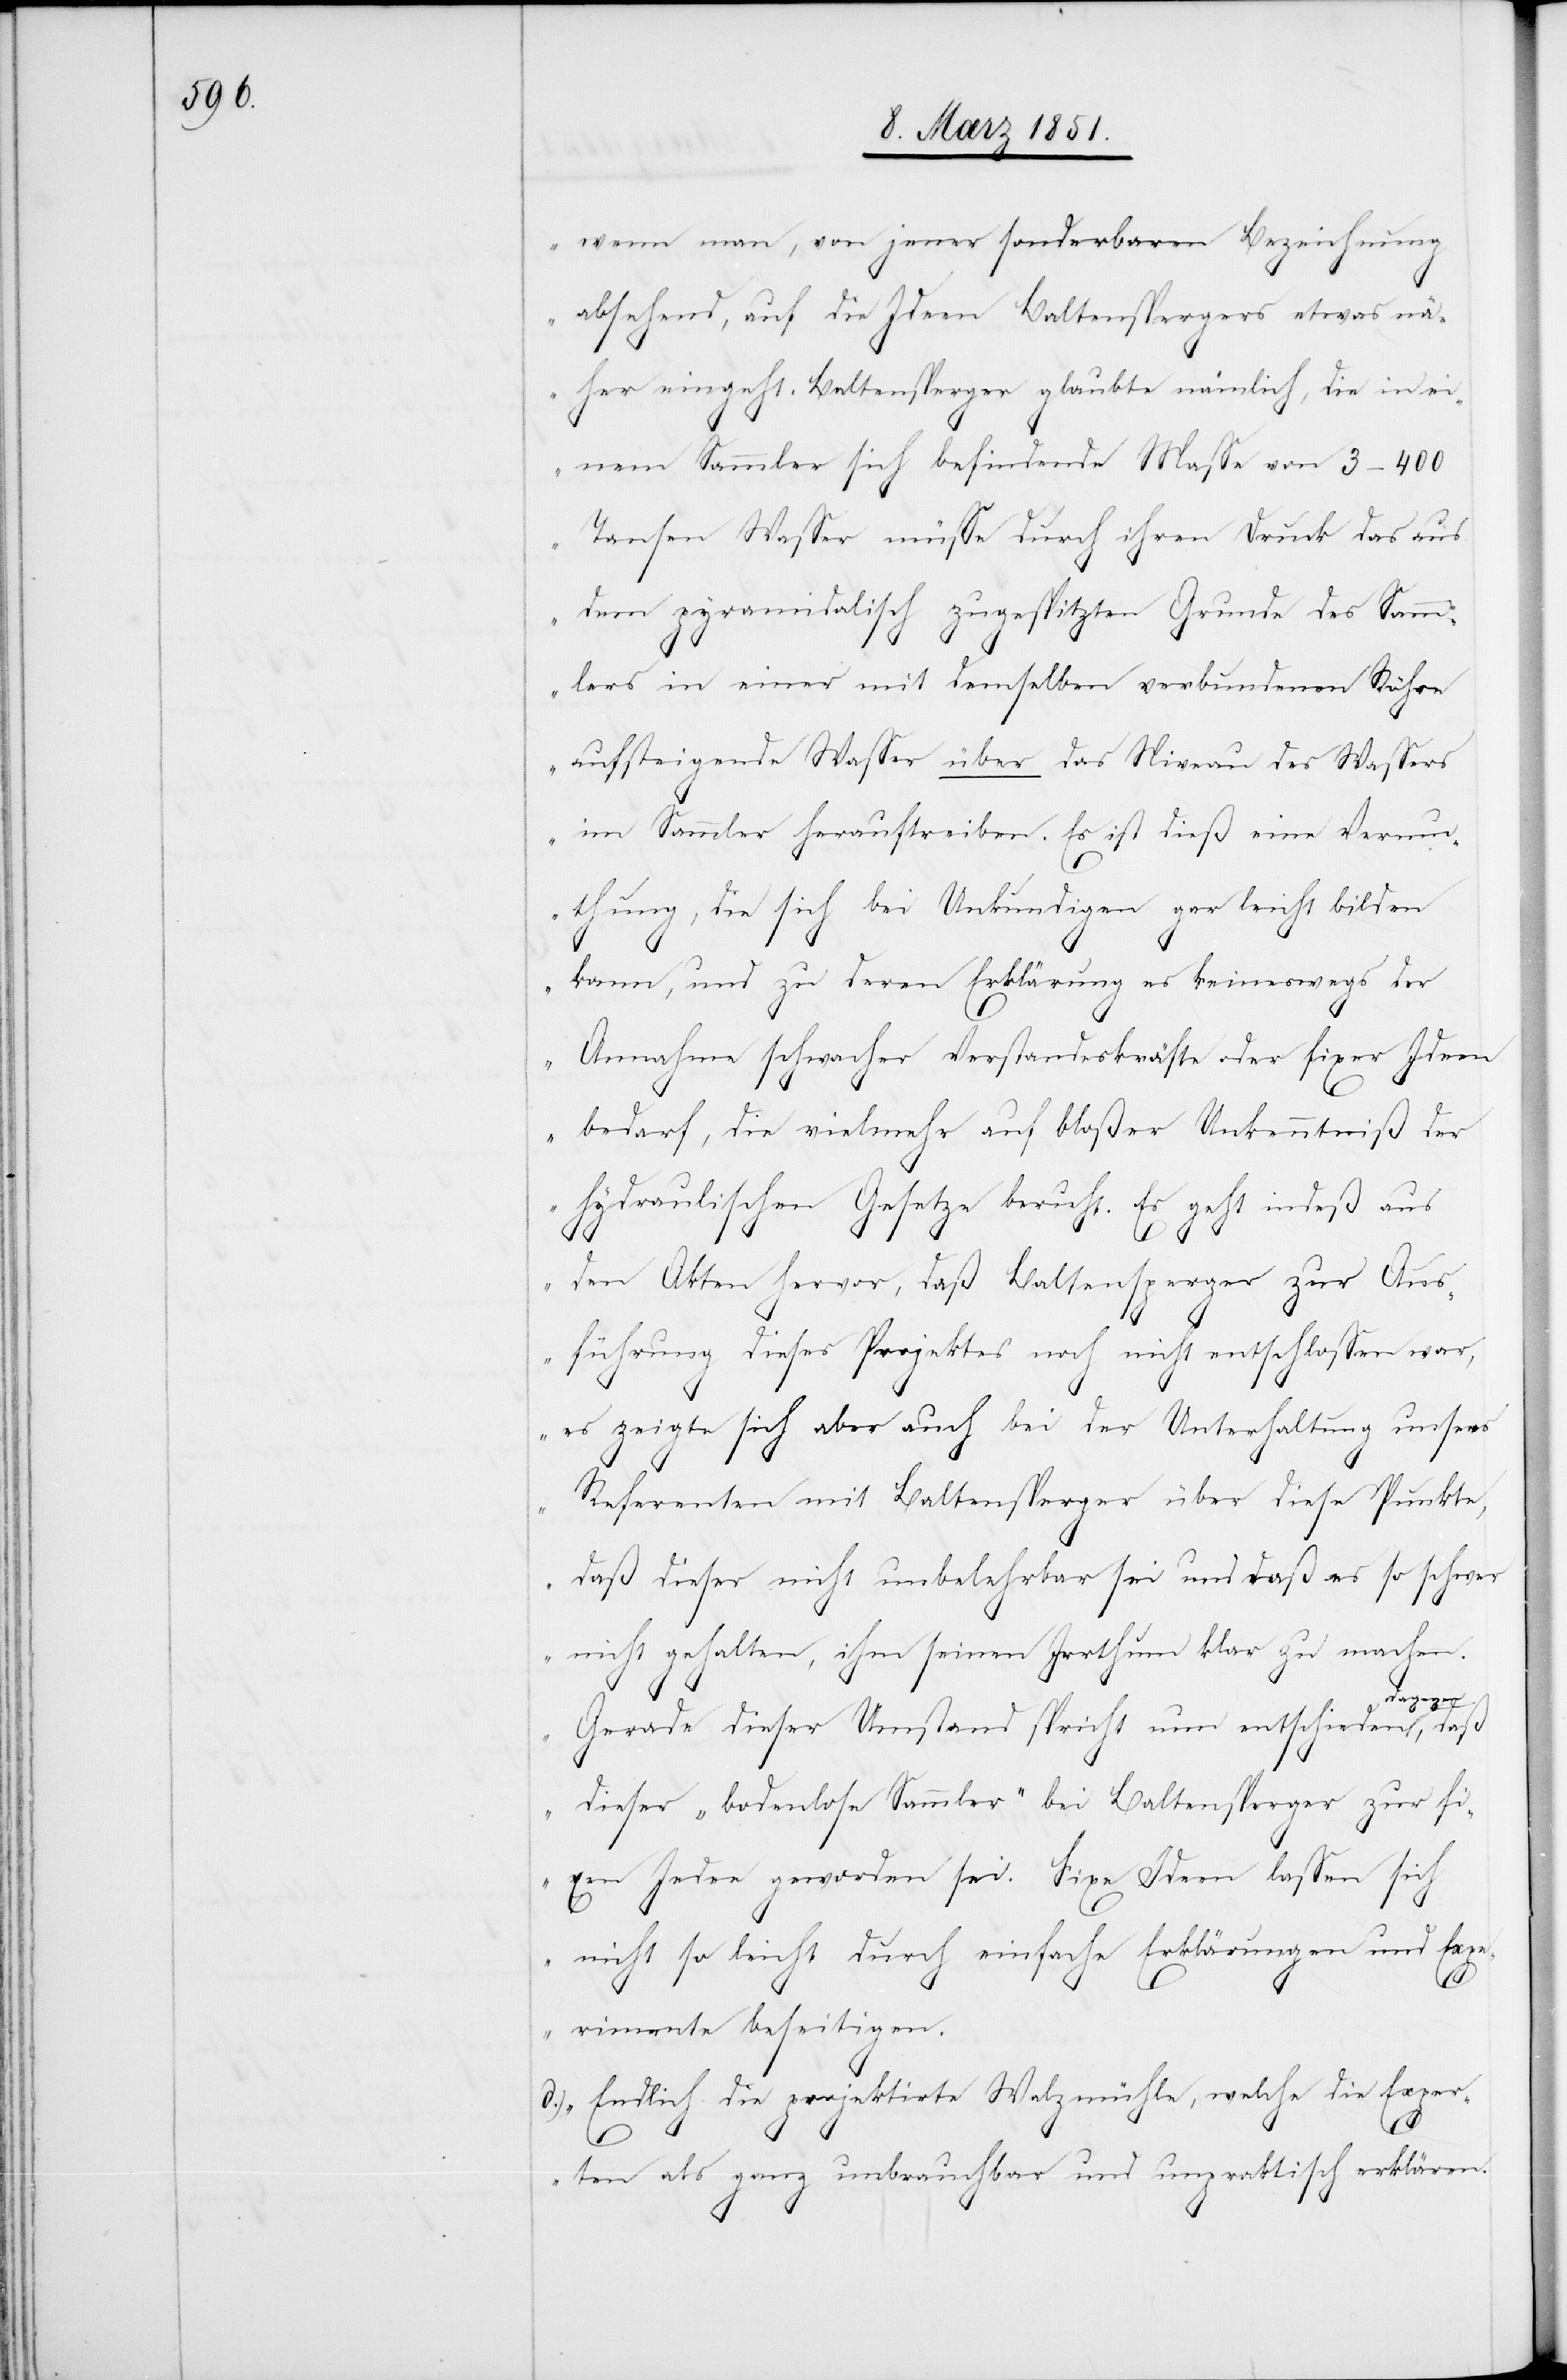
xen
wenn man, von jener sonderbaren Bezeichnung
absehend, auf die Ideen Baltenspergers etwas nä¬
her eingeht. Baltensperger glaubte nämlich, die in ei¬
nem Sammler sich befindende Masse von 3–400
Tansen Wasser müsse durch ihren Druck das aus
dem pyramidalisch zugespitzten Grunde des Samm¬
lers in einer mit demselben verbundenen Röhre
aufsteigende Wasser über das Niveau des Wassers
im Sammler herauftreiben. Es ist dieß eine Vermu¬
thung, die sich bei Unkundigen gar leicht bilden
kann, und zu deren Erklärung es keineswegs der
Annahme schwacher Verstandeskräfte oder fixer Idee¬
n bedarf, die vielmehr auf bloßer Unkenntniß der
hydraulischen Gesetze beruht. Es geht indeß aus
den Akten hervor, daß Baltensperger zur Aus¬
führung dieses Projektes noch nicht entschlossen war,
es zeigte sich aber auch bei der Unterhaltung unsers
Referenten mit Baltensperger über diese Punkte,
daß dieser nicht unbelehrbar sei und daß es so schwer
nicht gehalten, ihm seinen Irrthum klar zu machen.
gegen,
Gerade dieser Umstand spricht nun entschieden da¬
dieser ‚bodenlose Sammler‘ bei Baltensperger zur fi¬
[recte: Idee] geworden sei. Fixe Ideen lassen sich
nicht so leicht durch einfache Erklärungen und Expe¬
rimente beseitigen.
Endlich die projektirte Walzmühle, welche die Exper¬
ten als ganz unbrauchbar und unpraktisch erklären.